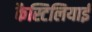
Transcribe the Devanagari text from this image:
कैस्टिलियाई